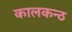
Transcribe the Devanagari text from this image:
कालकन्ठ